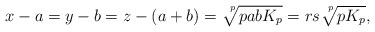
LaTeX: \begin{align*} x - a = y - b = z - (a+b) = \sqrt[\leftroot{-4} \uproot{5} p]{pabK_p} = rs \sqrt[\leftroot{-4} \uproot{5} p]{pK_p},\end{align*}